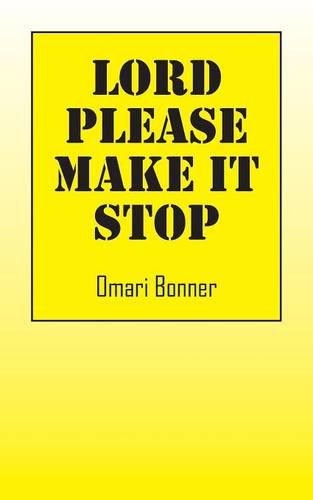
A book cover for Lord Please Make It Stop; Omari Bonner; Health, Fitness & Dieting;